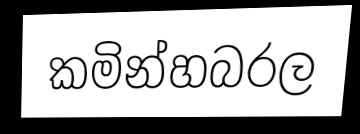
කමින්හබරල